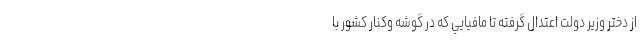
از دختر وزير دولت اعتدال گرفته تا مافيايي كه در گوشه وكنار كشور با